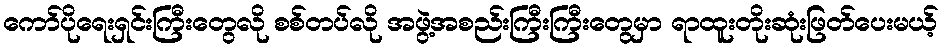
ကော်ပိုရေးရှင်းကြီးတွေလို စစ်တပ်လို အဖွဲ့အစည်းကြီးကြီးတွေမှာ ရာထူးတိုးဆုံးဖြတ်ပေးမယ့်